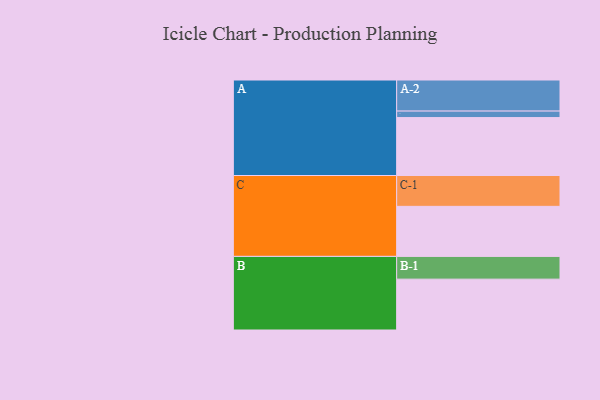
{"axis": {"x": "Segment", "y": "Value"}, "legend": ["", "A", "B", "C"], "data": [{"x": "A", "y": 492, "type": ""}, {"x": "B", "y": 432, "type": ""}, {"x": "C", "y": 425, "type": ""}, {"x": "A-1", "y": 55, "type": "A"}, {"x": "A-2", "y": 264, "type": "A"}, {"x": "B-1", "y": 193, "type": "B"}, {"x": "C-1", "y": 262, "type": "C"}]}